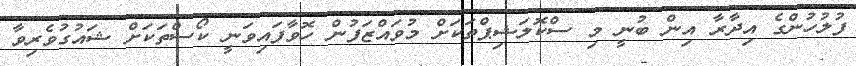
ފުލުހުންގެ އިދާރާ އިން ބުނީ މި ސްކޮލަޝިޕްތަކަށް މުވައްޒަފުން ހޮވާފައިވަނީ ކޯސްތަކަށް ޝައުގުވެރިވާ